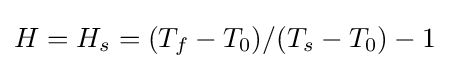
H=H_{s}=(T_{f}-T_{0})/(T_{s}-T_{0})-1